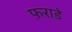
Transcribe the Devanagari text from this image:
फ़राडे